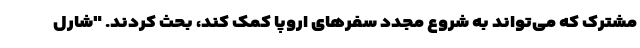
مشترک که می‌تواند به شروع مجدد سفرهای اروپا کمک کند، بحث کردند. "شارل